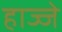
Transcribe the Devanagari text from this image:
हाज्जे